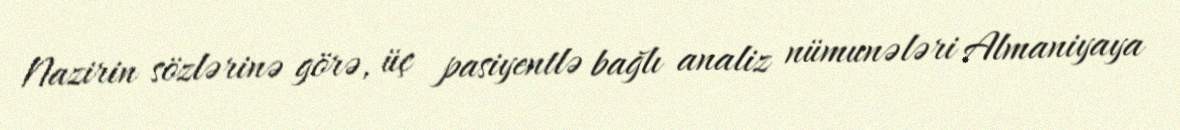
Nazirin sözlərinə görə, üç pasiyentlə bağlı analiz nümunələri Almaniyaya